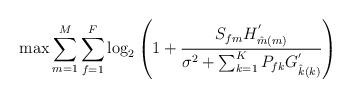
LaTeX: \begin{align*}&\max \sum_{m=1}^{M}\sum_{f=1}^F \log_2\left(1+\frac{{S_{fm}}H^{'}_{\hat{m}(m)}}{\sigma^2+\sum_{k=1}^{K}{P_{fk}}G^{'}_{\hat{k}(k)}}\right)\end{align*}